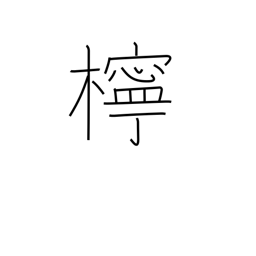
Meaning: lemon tree